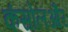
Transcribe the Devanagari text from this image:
कंसोलऔर